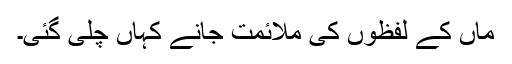
ماں کے لفظوں کی ملائمت جانے کہاں چلی گئی۔